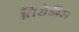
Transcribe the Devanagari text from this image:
तिरोडीस